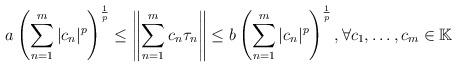
LaTeX: \begin{align*}a\left(\sum_{n=1}^{m}|c_n|^p \right)^\frac{1}{p}\leq \left\|\sum_{n=1}^{m}c_n\tau_n\right\|\leq b\left(\sum_{n=1}^{m}|c_n|^p \right)^\frac{1}{p}, \forall c_1, \dots, c_m \in \mathbb{K}\end{align*}